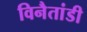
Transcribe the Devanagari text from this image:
विनैतांडी